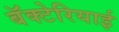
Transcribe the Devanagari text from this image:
बॅक्टेरियाई